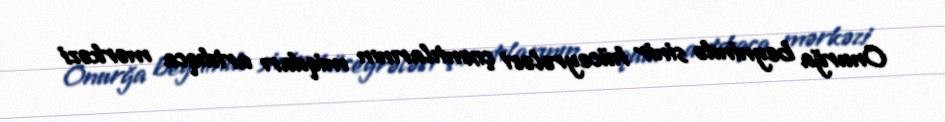
Onurğa beynində sinir hüceyrələri çıxıntılarının miqdarı artdıqca mərkəzi